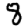
Digit: 8